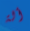
ألة